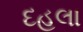
દહલા